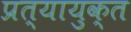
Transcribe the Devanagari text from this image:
प्रत्यायुक्त